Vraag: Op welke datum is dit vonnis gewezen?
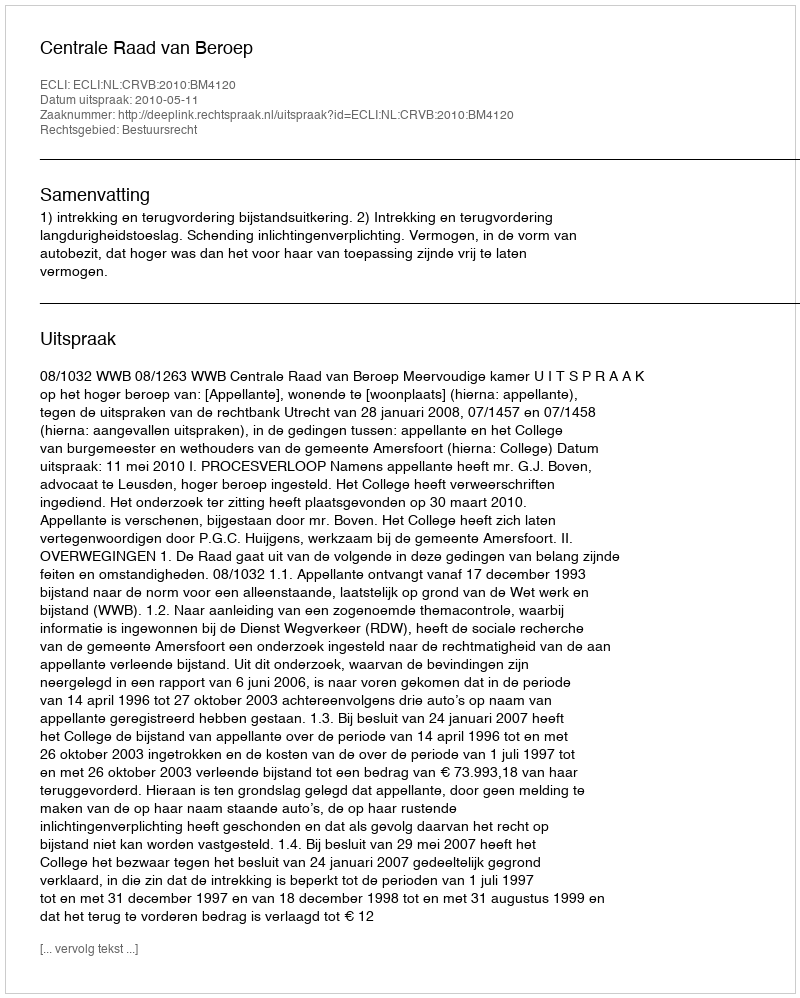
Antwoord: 2010-05-11